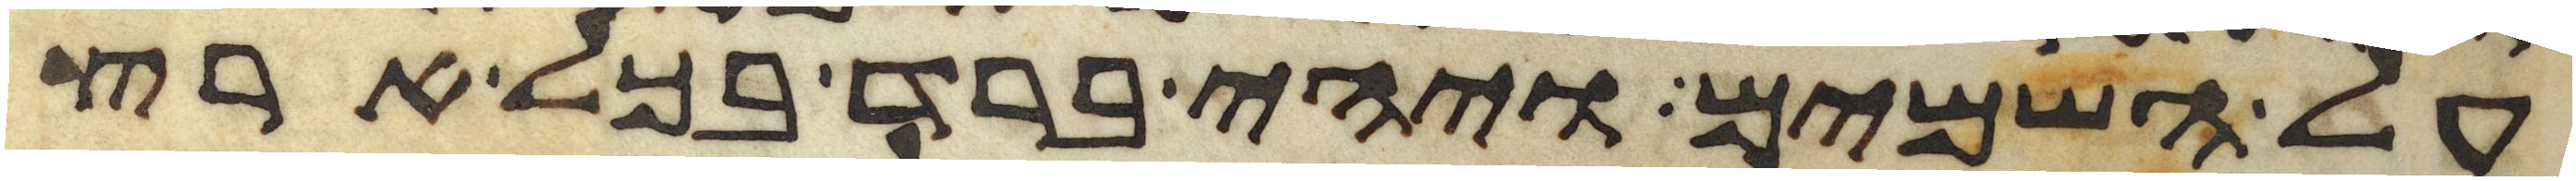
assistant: על השמים ויהי ברד בכל ארץ